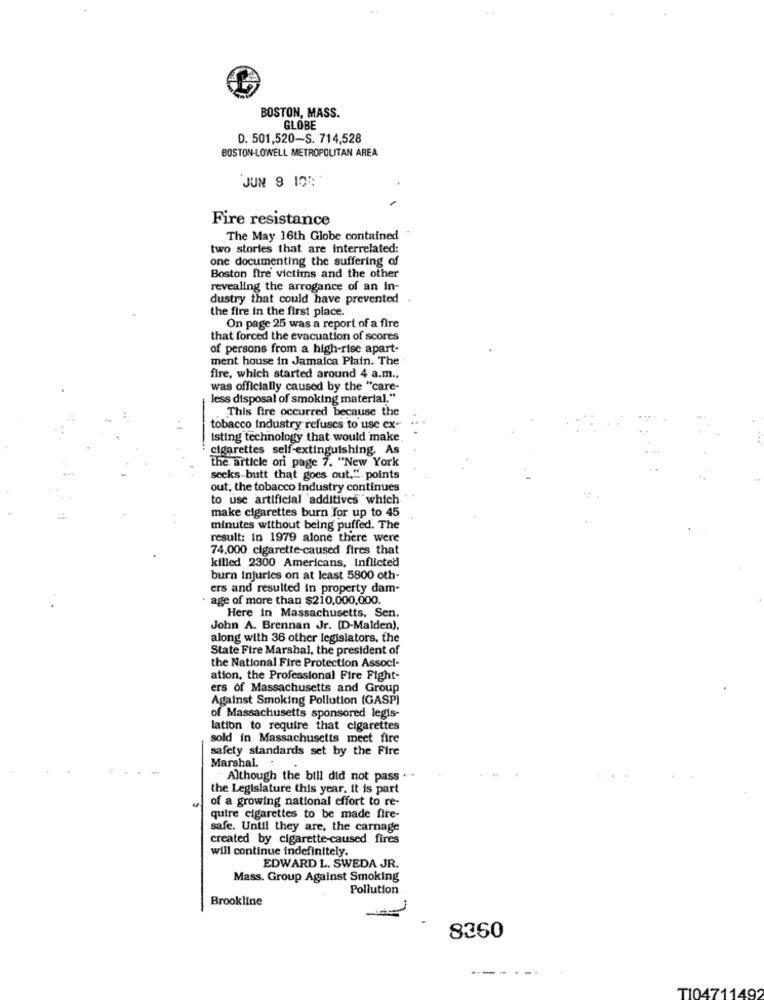
BOSTON, MASS.
GLOBE
D. 501,520-S. 714,528
BOSTON-LOWELL METROPOLITAN AREA
JUN 9 12:
Fire resistance
The May 16th Globe contained
two stories that are interrelated:
one documenting the suffering of
Boston fire victims and the other
revealing the arrogance of an In-
dustry that could have prevented
the fire in the first place.
On page 25 was a report of a fire
that forced the evacuation of scores
of persons from a high-rise apart-
ment house in Jamaica Plain. The .
fire, which started around 4 a.m .,
was officially caused by the "care-
less disposal of smoking material."
This fire occurred because the
tobacco industry refuses to use ex-
isting technology that would make
cigarettes self-extinguishing. As
the article ori page 7. "New York
seeks-butt that goes out.". points
out, the tobacco Industry continues
to use artificial additives which
make cigarettes burn for up to 45
minutes without being puffed. The
result: In 1979 alone there were
74.000 cigarette-caused fires that
killed 2300 Americans, Inflicted
burn Injuries on at least 5800 oth-
ers and resulted in property dam-
· age of more than $210,000,000.
Here in Massachusetts, Sen.
John A. Brennan Jr. (D-Malden).
along with 36 other legislators, the
State Fire Marshal, the president of
the National Fire Protection Associ-
ation, the Professional Fire Fight-
ers of Massachusetts and Group
Against Smoking Pollution (GASP)
of Massachusetts sponsored legis-
lation to require that cigarettes
sold in Massachusetts meet fire
safety standards set by the Fire
Marshal. .
" Although the bill did not pass . -
the Legislature this year. it is part
of a growing national effort to re-
quire cigarettes to be made fire-
safe. Until they are, the carnage
created by cigarette-caused fires
will continue indefinitely.
EDWARD L. SWEDA JR.
Mass. Group Against Smoking
Pollution
Brookline
2260
T10471149